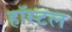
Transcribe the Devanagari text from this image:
हाॅस्टल